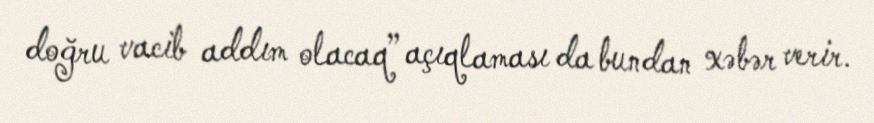
doğru vacib addım olacaq” açıqlaması da bundan xəbər verir.